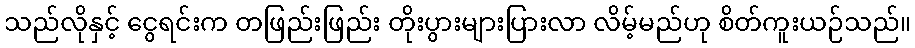
သည်လိုနှင့် ငွေရင်းက တဖြည်းဖြည်း တိုးပွားများပြားလာ လိမ့်မည်ဟု စိတ်ကူးယဉ်သည်။